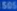
M80